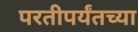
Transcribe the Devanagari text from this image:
परतीपर्यंतच्या